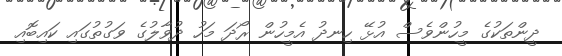
ދީންތަކުގެ މީހުންވެސް އުޅޭ ހިނދު އެމީހުން ރޯދަ މަހު ދުވާލުގެ ވަގުތުގައި ކައިބޮއި